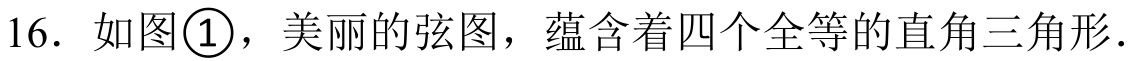
16. 如图\textcircled{1}，美丽的弦图，蕴含着四个全等的直角三角形.